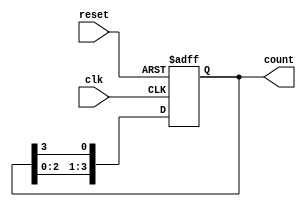
module ring_counter #(parameter N = 4) (
    input wire clk,          // Clock input
    input wire reset,        // Asynchronous reset
    output reg [N-1:0] count // Output representing the current state
);

// Internal register to hold the current state
reg [N-1:0] next_count;

// Always block for synchronous operation
always @(posedge clk or posedge reset) begin
    if (reset) begin
        // On reset, initialize the counter to the first state
        count <= 1'b1; // Set the first flip-flop high
    end else begin
        // Shift the '1' to the left, wrapping around
        count <= {count[N-2:0], count[N-1]};
    end
end

endmodule